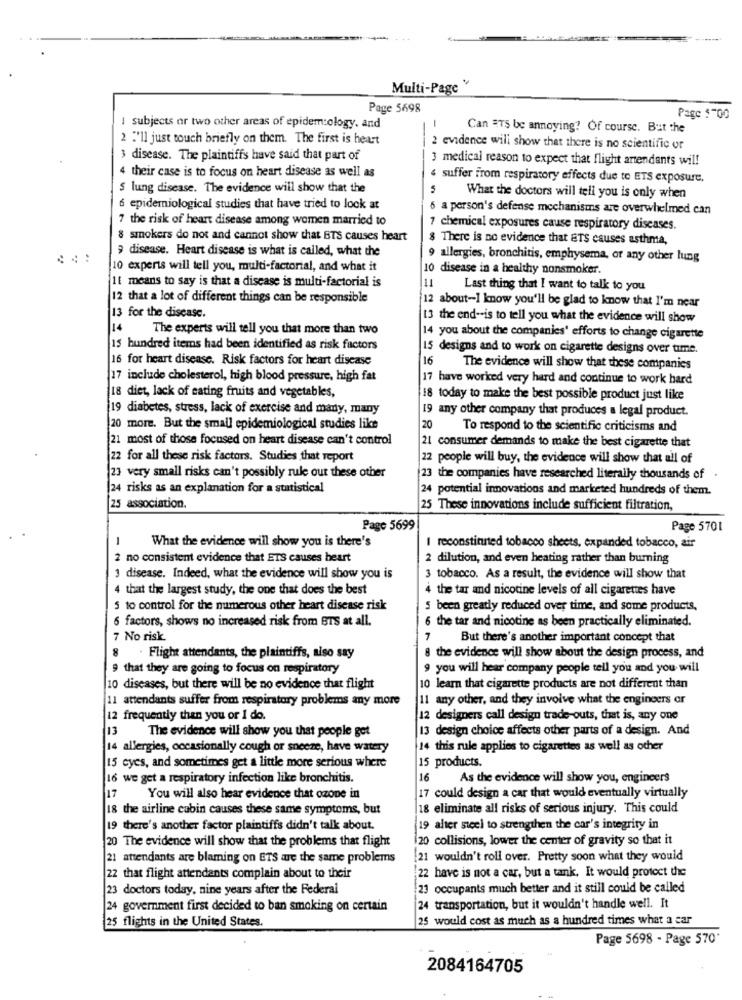
Multi-Page "
Page 5698
Page 5-00
1 subjects or two other areas of epidemiology, and
-
Can #TS be annoying? Of course. But the
2 :"ll just touch briefly on them. The first is heart
--
2 evidence will show that there is no scientific or
3 disease. The plaintiffs have said that part of
3 medical reason to expect that flight artendants will
4 their case is to focus on heart disease as well as
4 suffer from respiratory effects due to ETS exposure.
S lung disease. The evidence will show that the
What the doctors will tell you is only when
6 epidemiological studies that have tried to look at
6 a person's defense mechanisms are overwhelmed can
7 the risk of heart disease among women married to
7 chemical exposures cause respiratory diseases.
8 smokers do not and cannot show that BTS causes heart
8 There is no evidence that ETS causes asthma,
9 disease. Heart disease is what is called, what the
9 allergies, bronchitis, emphysema, or any other lung
10 experts will tell you, multi-factorial, and what it
10 disease in a healthy nonsmoker.
11 means to say is that a disease is multi-factorial is
Last thing that I want to talk to you
12 that a lot of different things can be responsible
12 about-I know you'll be glad to know that I'm near
13 for the disease.
13 the end -- is to tell you what the evidence will show
14
The experts will tell you that more than two
14 you about the companies' efforts to change cigarette
15 hundred items had been identified as risk factors
15 designs and to work on cigarette designs over time.
16 for heart disease. Risk factors for heart disease
16
The evidence will show that these companies
17 include cholesterol, high blood pressure, high fat
17 have worked very hard and continue to work hard
18 diet, lack of eating fruits and vegetables,
18 today to make the best possible product just like
19 diabetes, stress, lack of exercise and many, many
19 any other company that produces a legal product.
20 more. But the small epidemiological studies like
20
To respond to the scientific criticisms and
21 most of those focused on heart disease can't control
21 consumer demands to make the best cigarette that
22 for all these risk factors. Studies that report
22 people will buy, the evidence will show that all of
23 very small risks can't possibly rule out these other
23 the companies have researched literally thousands of
24 risks as an explanation for a statistical
24 potential innovations and marketed hundreds of them.
25 association.
25 These innovations include sufficient filtration,
Page 5699
Page 5701
1
What the evidence will show you is there's
I reconstituted tobacco sheets, expanded tobacco, air
2 no consistent evidence that ETS causes heart
2 dilution, and even heating rather than burning
3 disease. Indeed, what the evidence will show you is
3 tobacco. As a result, the evidence will show that
4 that the largest study, the one that does the best
4 the tar and nicotine levels of all cigarettes have
5 to control for the numerous other heart disease risk
5 been greatly reduced over time, and some products,
6 factors, shows no increased risk from BTS at all.
6 the tar and nicotine as been practically eliminated.
7 No risk
7
But there's another important concept that
. Flight attendants, the plaintiffs, aiso say
8 the evidence will show about the design process, and
that they are going to focus on respiratory
9 you will hear company people tell you and you will
10 diseases, but there will be no evidence that flight
10 learn that cigarette products are not different than
11 attendants suffer from respiratory problems any more
any other, and they involve what the engineers or
12 frequently than you or I do.
12 designers call design trade-outs, that is, any one
13
The evidence will show you that people get
13 design choice affects other parts of a design. And
14 allergies, occasionally cough or sneeze, have watery
14 this rule applies to cigarettes as well as other
15 cyes, and sometimes get a little more serious where
15 products.
16 we get a respiratory infection like bronchitis.
16
As the evidence will show you, engineers
17
You will also hear evidence that ozone in
17 could design a car that would eventually virtually
18 the airline cubin causes these same symptoms, but
18 eliminate all risks of serious injury. This could
19 there's another factor plaintiffs didn't talk about.
19 alter steel to strengthen the car's integrity in
20 The evidence will show that the problems that flight
20 collisions, lower the center of gravity so that it
21 attendants are blaming on ETS are the same problems
21 wouldn't roll over. Pretty soon what they would
22 have is not a car, but a tank. It would protect the
22 that flight attendants complain about to their
-
23 doctors today, nine years after the Federal
23 occupants much better and it still could be called
24 government first decided to ban smoking on certain
24 transportation, but it wouldn't handle well. It
25 flights in the United States.
25 would cost as much as a hundred times what a car
Page 5698 - Page 570-
2084164705